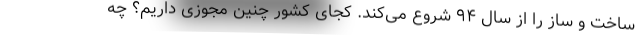
ساخت و ساز را از سال ۹۴ شروع می‌کند. کجای کشور چنین مجوزی داریم؟ چه